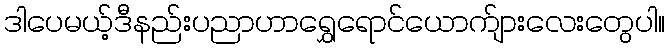
ဒါပေမယ့်ဒီနည်းပညာဟာရွှေရောင်ယောက်ျားလေးတွေပါ။